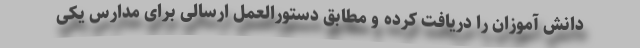
دانش آموزان را دریافت کرده و مطابق دستورالعمل ارسالی برای مدارس یکی